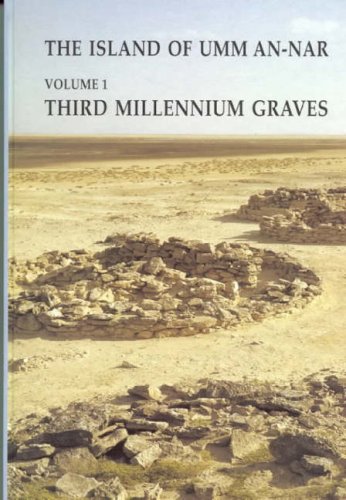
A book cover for The Island of Umm-an-Nar Volume 1: Third Millennium Graves (JUTLAND ARCH SOCIETY) (v. 1); Karen Frifelt; History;